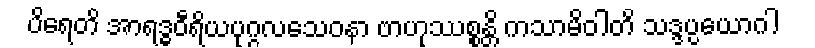
ပိရေတိ အာရဒ္ဓဝီရိယပုဂ္ဂလသေဝနာ ဗာဟုဿစ္စန္တိ ကသာမိဝါတိ သဒ္ဒပ္ပယောဂါ